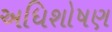
અધિશોષણ